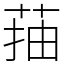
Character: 菗